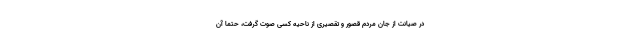
در صیانت از جان مردم قصور و تقصیری از ناحیه کسی صوت گرفت، حتماً آن